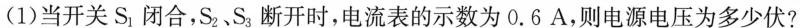
(1)当开关S_{1}闭合，S_{2}、S_{3}断开时，电流表的示数为0.6A，则电源电压为多少伏?